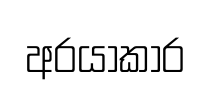
අරයාකාර